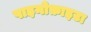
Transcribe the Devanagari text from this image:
पाइनोफ़ाइटा